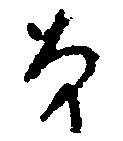
な